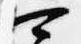
可